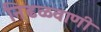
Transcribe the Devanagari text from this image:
निढळवाणी